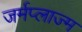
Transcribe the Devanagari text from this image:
जर्मप्लाज्म